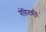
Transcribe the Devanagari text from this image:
गोविन्दकृति